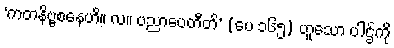
‘ကတနိဗ္ဗစနေဟိ။ လ။ ပညာပေတီတိ’ (ပေ ၁၆၅) ဟူသော ပါဌ်ကို